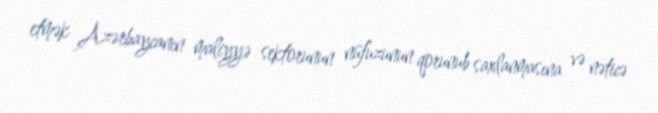
etmək Azərbaycanın maliyyə sektorunun nüfuzunun qorunub saxlanmasına və nəticə